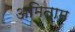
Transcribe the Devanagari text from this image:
अमिताम